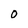
Character: 0